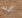
أريد